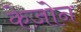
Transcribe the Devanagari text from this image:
केज़ोन